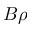
B \rho